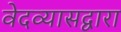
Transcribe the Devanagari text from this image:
वेदव्यासद्वारा